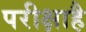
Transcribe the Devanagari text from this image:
परीक्षाहै